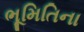
ભૂમિતિના